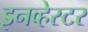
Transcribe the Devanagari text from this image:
इनव्हेस्टर